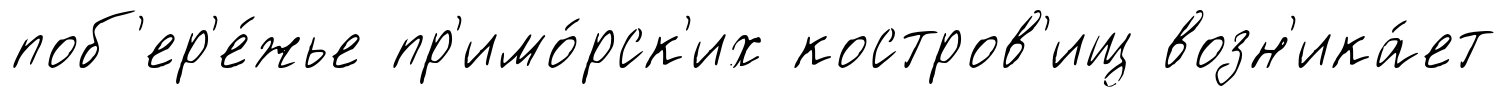
поб'ер'е́жье пр'имо́рск'их костров'ищ возн'ика́ет